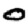
Digit: 0